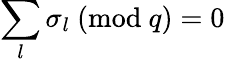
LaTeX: \sum_{l}\sigma_{l}\ (\mathrm{mod}\ q)=0